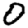
Digit: 0